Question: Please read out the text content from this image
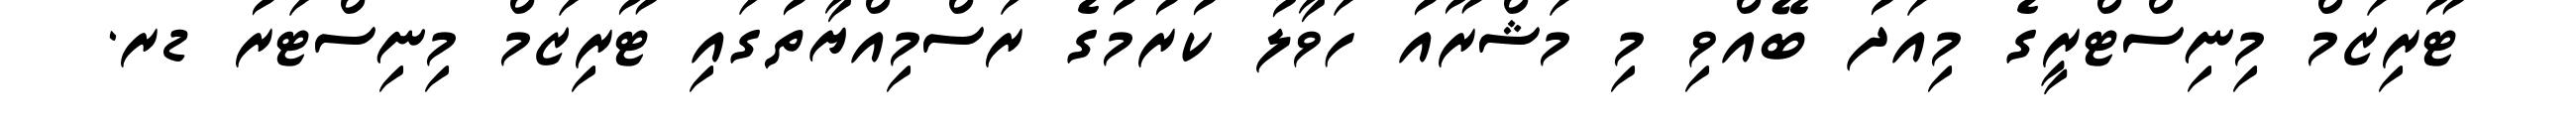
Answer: ޓޫރިޒަމް މިނިސްޓްރީގެ މިއަދު ބޭއްވި މި މަޝްރޫއު ހަވާލު ކުރުމުގެ ރަސްމިއްޔާތުގައި ޓޫރިޒަމް މިނިސްޓަރު ޑރ.